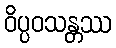
ဝိပ္ပဝသန္တဿ